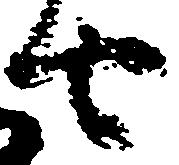
由